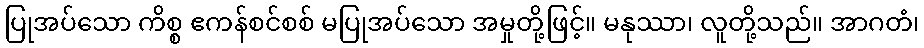
ပြုအပ်သော ကိစ္စ ဧကန်စင်စစ် မပြုအပ်သော အမှုတို့ဖြင့်။ မနုဿာ၊ လူတို့သည်။ အာဂတံ၊